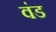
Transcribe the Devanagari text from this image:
वंड